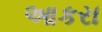
આકરા